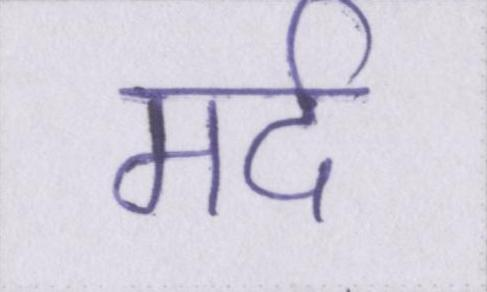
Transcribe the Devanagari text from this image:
मर्द